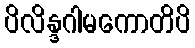
ပိလိန္ဒဂါမကောတိပိ